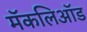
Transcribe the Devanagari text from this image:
मॅकलिऑड